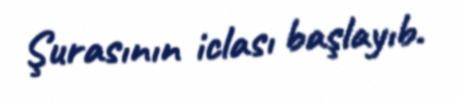
Şurasının iclası başlayıb.